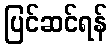
ပြင်ဆင်ရန်